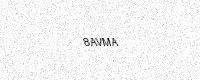
Text: 8AVMA